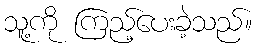
သူ့ကို ကြည့်ပေးခဲ့သည်။